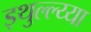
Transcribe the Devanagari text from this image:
इथुल्ल्य्या